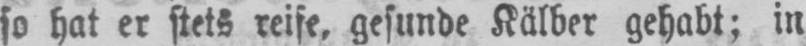
so hat er stets reife, gesunde Kälber gehabt; in